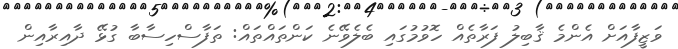
ވަޒީފާއަށް އެންމެ ޤާބިލު ފަރާތެއް ހޮވުމުގައި ބެލެވޭނެ ކަންތައްތައް: ތަފާސްހިސާބާ ގުޅޭ ދާއިރާއިން